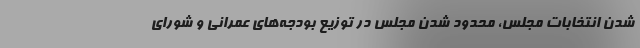
شدن انتخابات مجلس، محدود شدن مجلس در توزیع بودجه‌های عمرانی و شورای